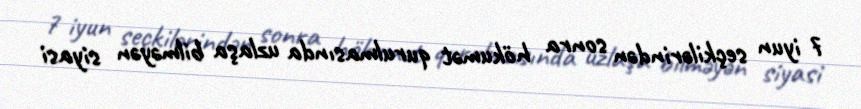
7 iyun seçkilərindən sonra hökumət qurulmasında uzlaşa bilməyən siyasi